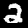
Digit: 2